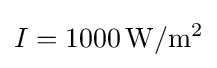
I=1000\,\mathrm {W/m^{2}}